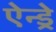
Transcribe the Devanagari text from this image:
ऐन्ड्रे